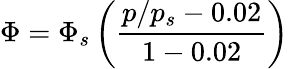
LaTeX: \Phi=\Phi_{s}\left(\frac{p/p_{s}-0.02}{1-0.02}\right)